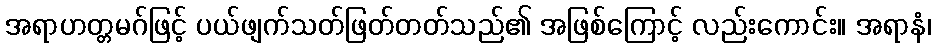
အရာဟတ္တမဂ်ဖြင့် ပယ်ဖျက်သတ်ဖြတ်တတ်သည်၏ အဖြစ်ကြောင့် လည်းကောင်း။ အရာနံ၊